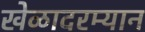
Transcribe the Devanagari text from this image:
खेळादरम्यान